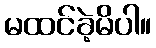
မထင်ခဲ့မိပါ။